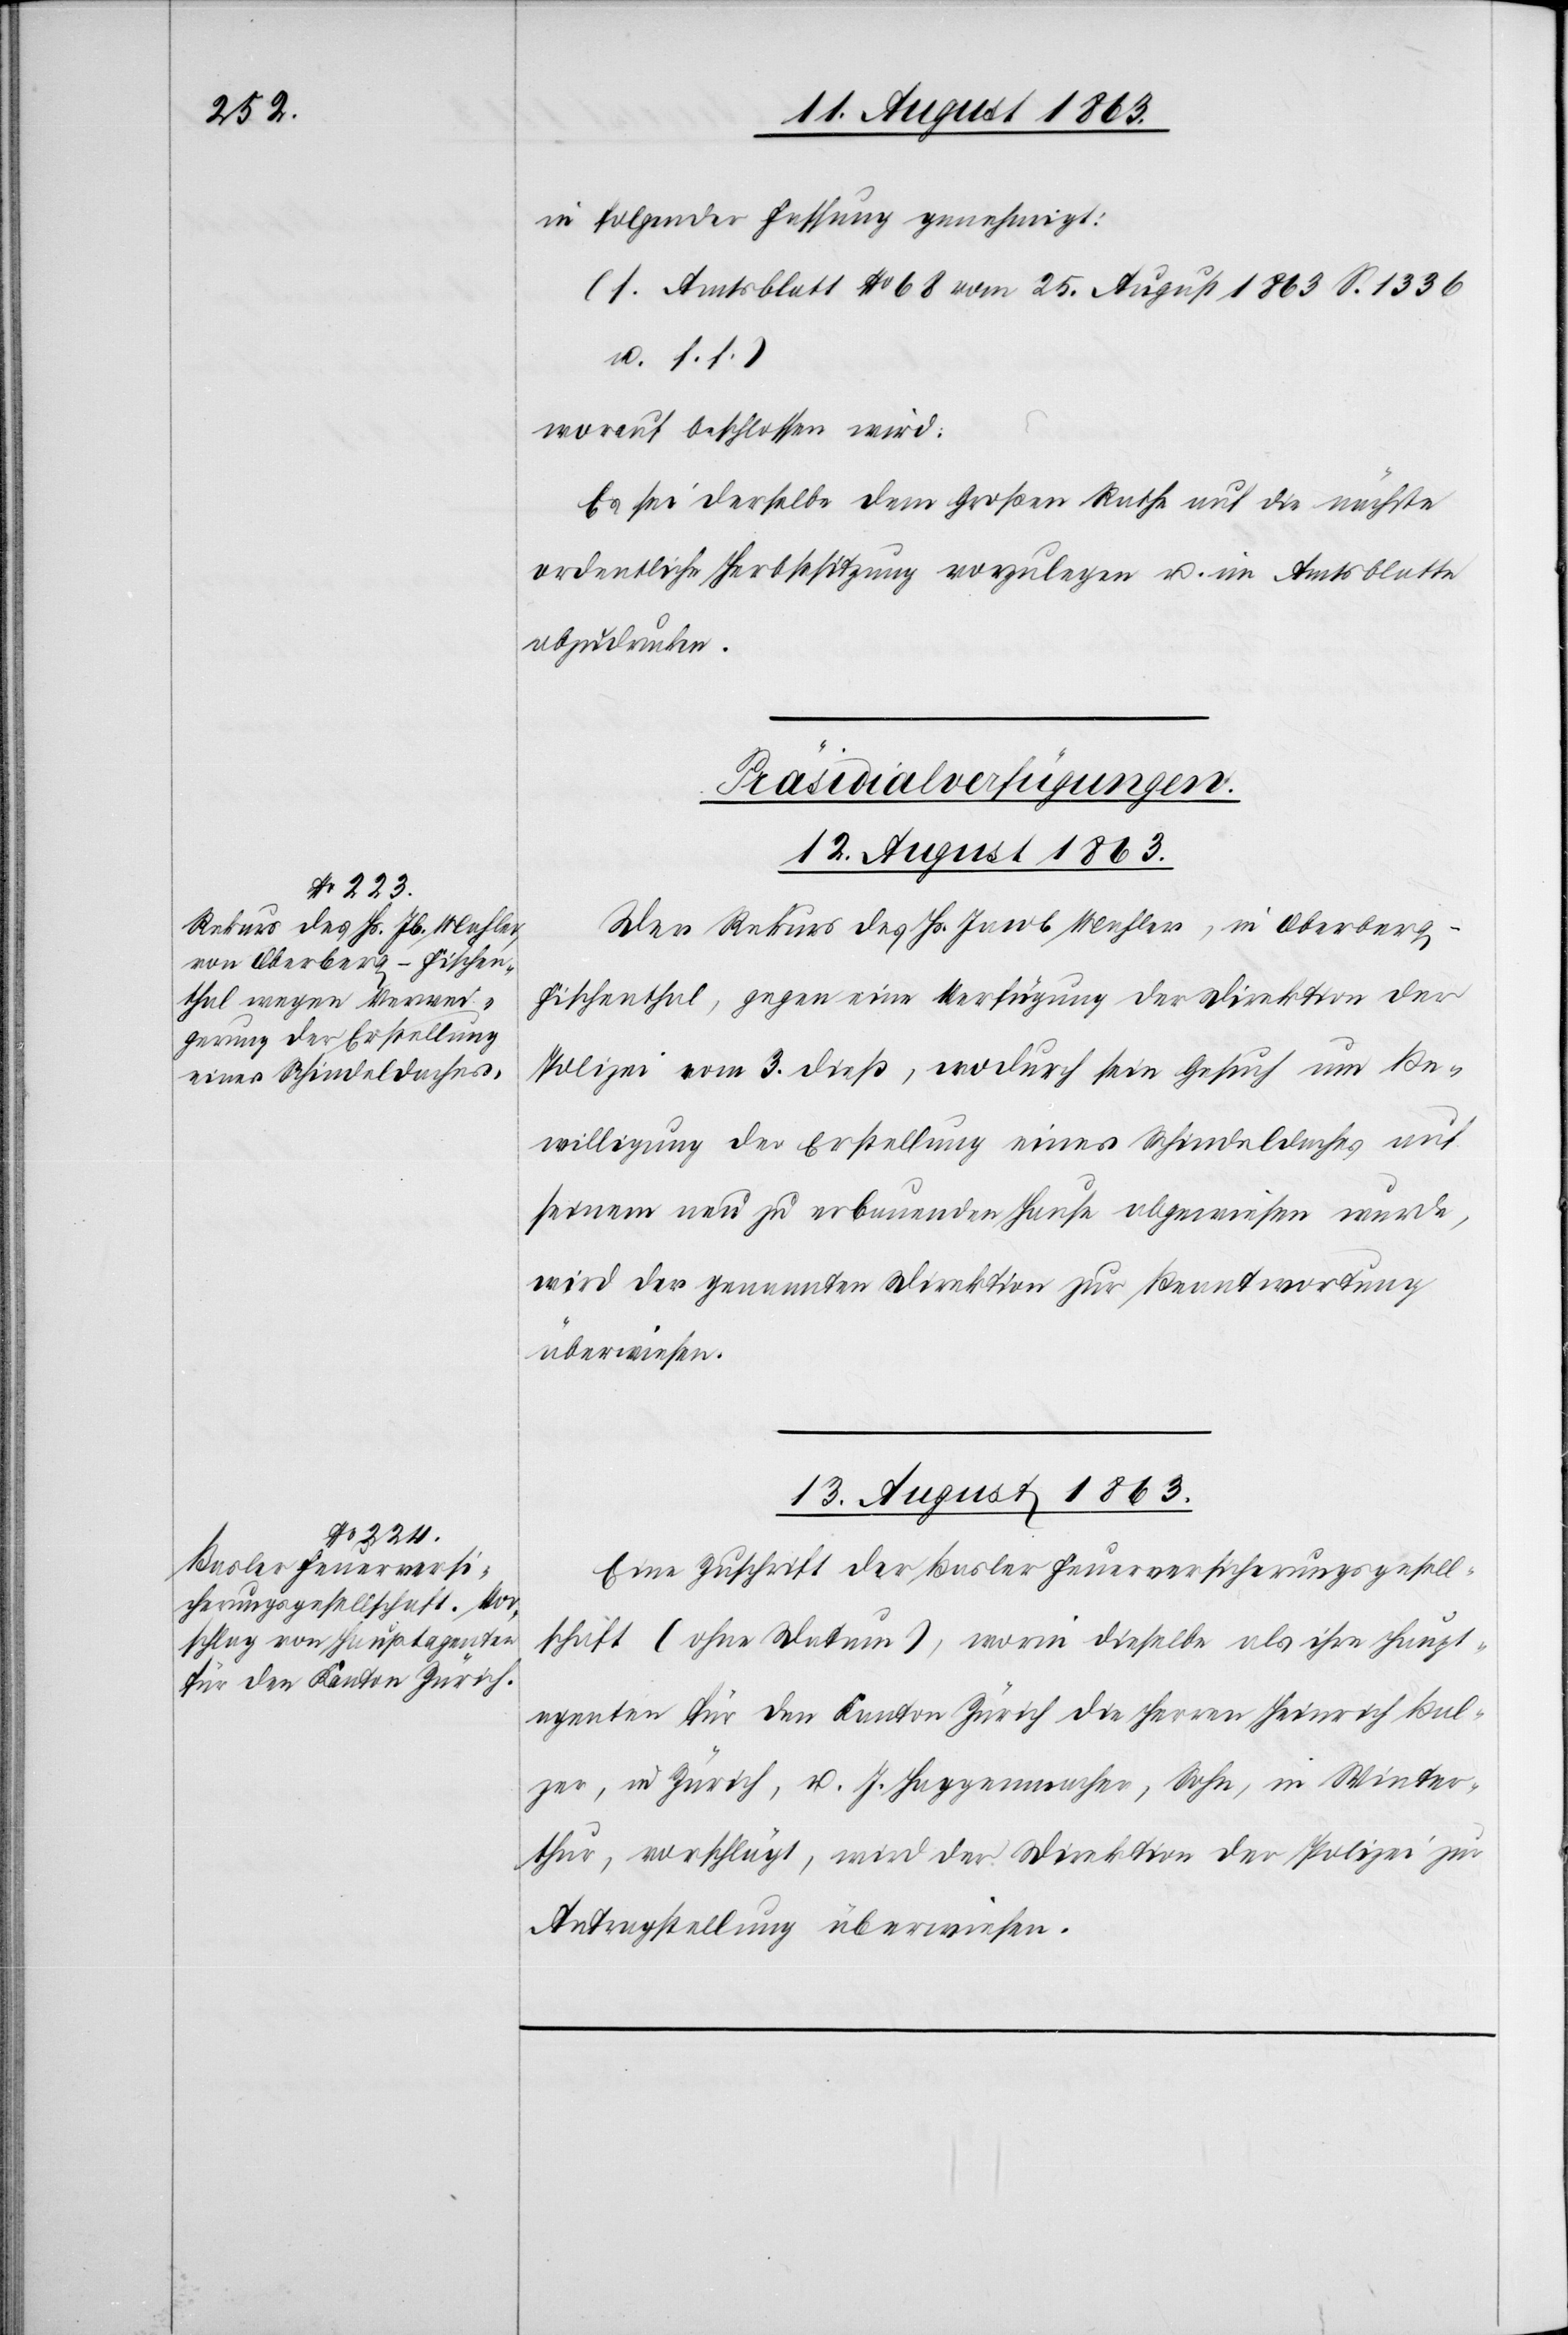
in folgender Fassung genehmigt:
(s. Amtsblatt No 68 vom 25. August 1863 S. 1336
u. s. f.)
worauf beschlossen wird:
Es sei derselbe dem Großen Rathe auf die nächste
ordentliche Herbstsitzung vorzulegen u. im Amtsblatte
abzudrucken.
[Präsidialverfügungen.]
13. August 1863.
Der Rekurs des Hs. Jacob Mahler, in Oberber¬
g-Fischenthal, gegen eine Verfügung der Direktion der
Polizei vom 3. dieß, wodurch sein Gesuch um Be¬
willigung der Erstellung eines Schindeldaches auf
seinem neu zu erbauenden Hause abgewiesen wurde,
wird der genannten Direktion zur Beantwortung
überwiesen.
Eine Zuschrift der Basler Feuerversicherungsgesell¬
schaft (ohne Datum), worin dieselbe als ihre Haupt¬
agenten für den Kanton Zürich die Herren Heinrich Bal¬
zer, in Zürich, u. J. Haggenmacher, Sohn, in Winter¬
thur, vorschlägt, wird der Direktion der Polizei zur
Antragstellung überwiesen.